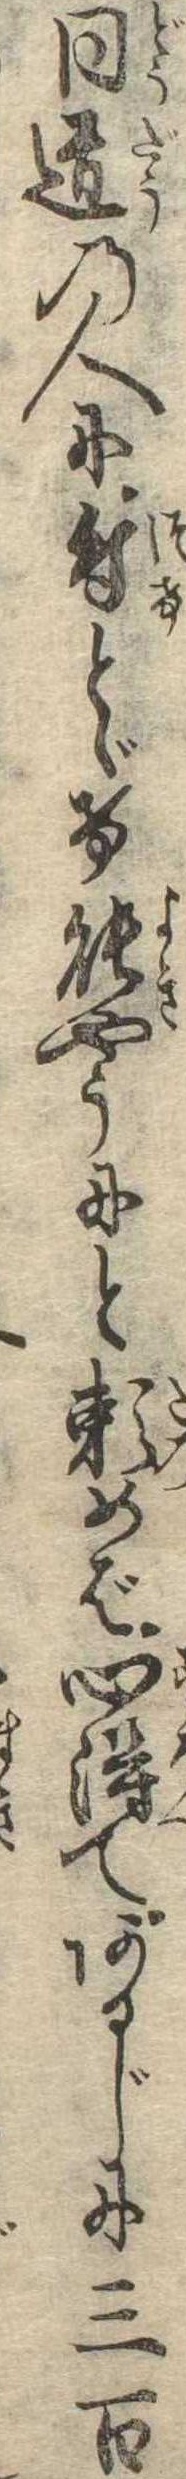
同道の人に付とゞけ能やうにと頼めば心得てあるじに三百